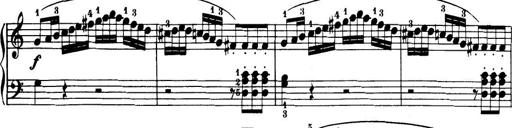
Title: 32 Sonatinas and Rondos for the Piano
Composer: Richard Kleinmichel